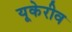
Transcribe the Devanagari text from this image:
यूकेरीव